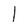
Character: l